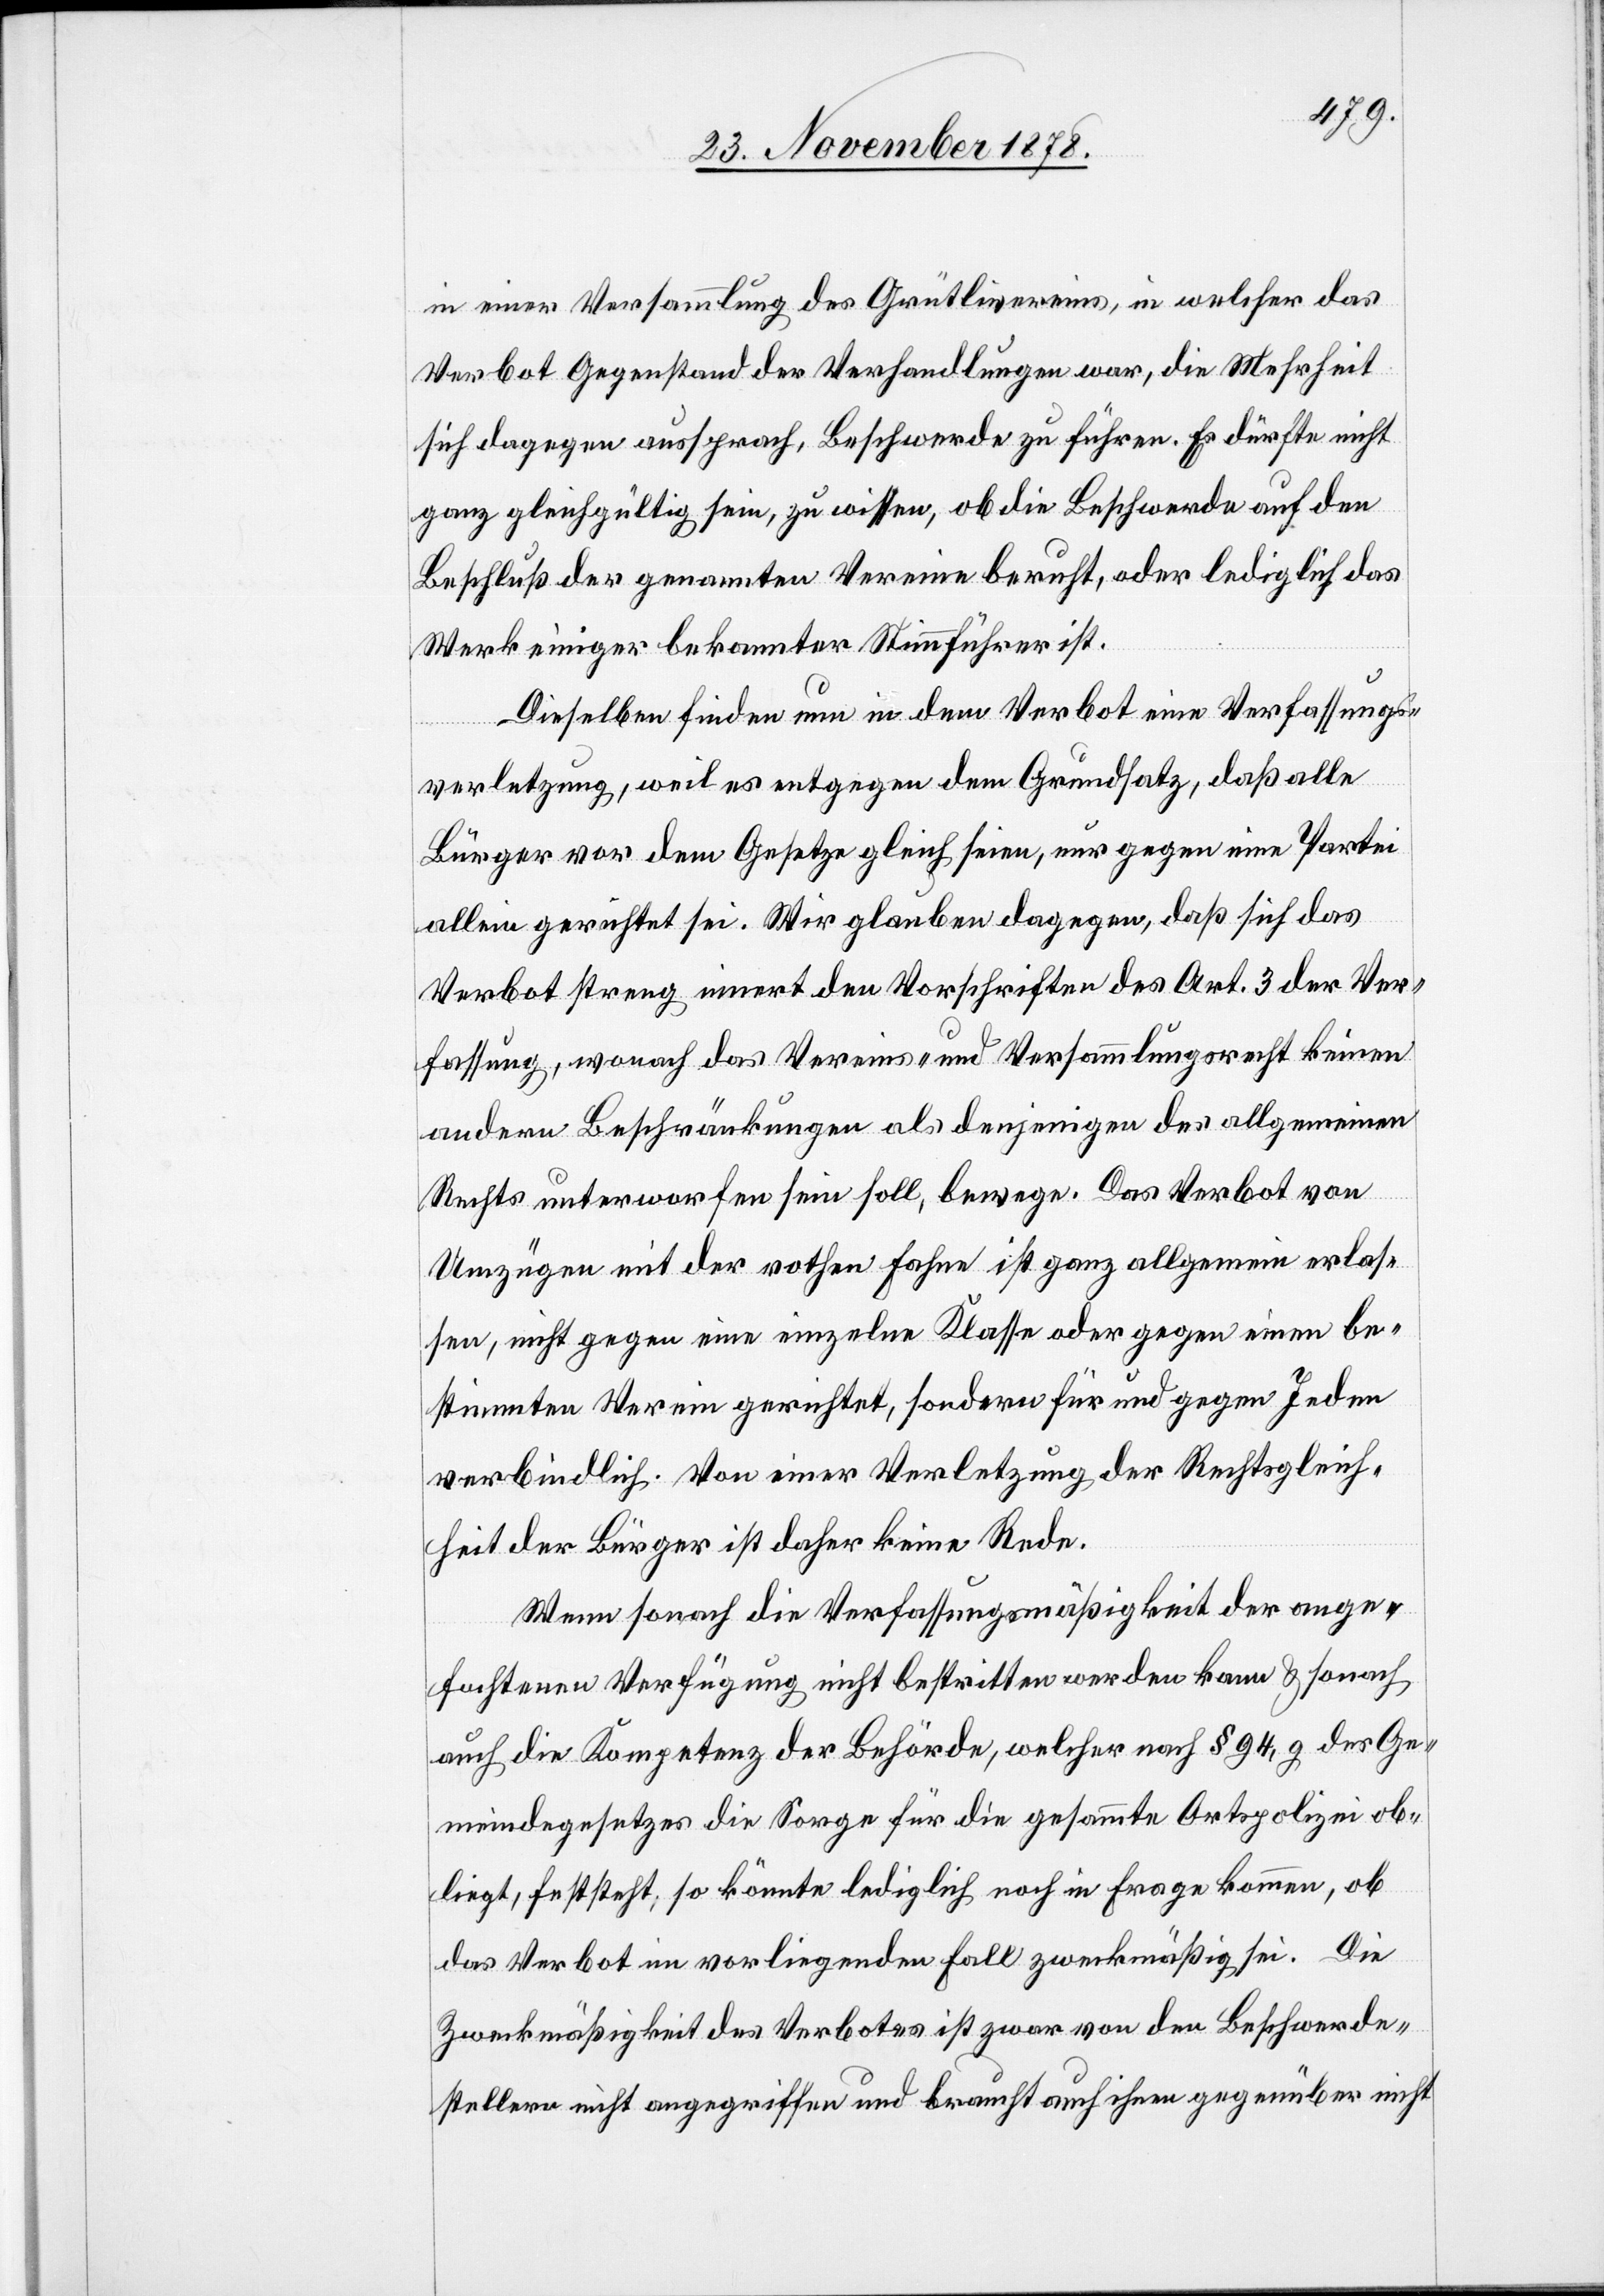
in einer Versammlung des Grütlivereins, in welcher das
Verbot Gegenstand der Verhandlungen war, die Mehrheit
sich dagegen aussprach, Beschwerde zu führen. Es dürfte nicht
ganz gleichgültig sein, zu wissen, ob die Beschwerde auf den
Beschluß der genannten Vereine beruht, oder lediglich das
Werk einiger bekannter Stimmführer ist.
Dieselben finden nun in dem Verbot eine Verfassungs¬
verletzung, weil es entgegen dem Grundsatz, daß alle
Bürger vor dem Gesetze gleich seien, nur gegen eine Partei
allein gerichtet sei. Wir glauben dagegen, daß sich das
Verbot streng innert der Vorschriften des Art. 3 der Ver¬
fassung, wonach das Vereins- und Versammlungsrecht keine
andern Beschränkungen als denjenigen des allgemeinen
Rechts unterworfen sein soll, bewege. Das Verbot von
Umzügen mit der rothen Fahne ist ganz allgemein erlas¬
sen, nicht gegen eine einlzelne Klasse oder gegen einen be¬
stimmten Verein gerichtet, sondern für und gegen Jeden
verbindlich. Von einer Verletzung der Rechtsgleich¬
heit der Bürger ist daher keine Rede.
Wenn sonach die Verfassungsgemäßigheit der ange¬
fochtenen Verfügung nicht bestritten werden kann & sonach
auch die Kompetenz der Behörde, welcher nach § 94,9 des Ge¬
meindegesetzes die Sorge für die gesammte Ortspolizei ob¬
liegt, feststeht, so könnte lediglich noch in Frage kommen, ob
das Verbot im vorliegenden Fall zweckmäßig sei. Die
Zweckmäßigkeit des Verbotes ist zwar von den Beschwerde¬
stellern nicht angegriffen und braucht auch ihnen gegenüber nicht